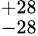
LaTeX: ^{+28}_{-28}